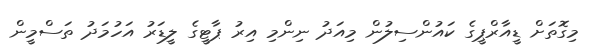
މިގޮތަށް ޑީއާރްޕީގެ ކައުންސިލުން މިއަދު ނިންމި އިރު ޕާޓީގެ ލީޑަރު އަހުމަދު ތަސްމީން